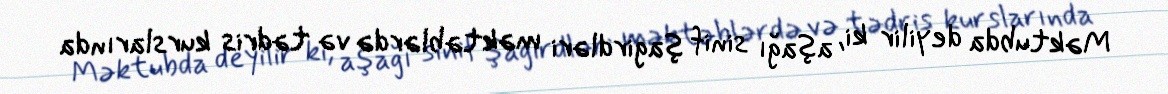
Məktubda deyilir ki, aşağı sinif şagirdləri məktəblərdə və tədris kurslarında